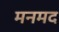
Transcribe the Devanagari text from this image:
मनमद